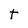
Character: t